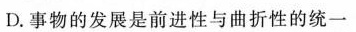
D.事物的发展是前进性与曲折性的统一